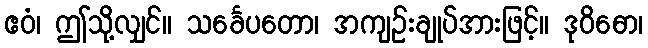
ဧဝံ၊ ဤသို့လျှင်။ သင်္ခေပတော၊ အကျဉ်းချုပ်အားဖြင့်။ ဒုဝိဓော၊